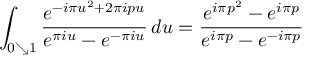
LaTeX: \int _ { 0 \searrow 1 } { \frac { e ^ { - i \pi u ^ { 2 } + 2 \pi i p u } } { e ^ { \pi i u } - e ^ { - \pi i u } } } \, d u = { \frac { e ^ { i \pi p ^ { 2 } } - e ^ { i \pi p } } { e ^ { i \pi p } - e ^ { - i \pi p } } }